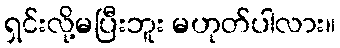
ရှင်းလို့မပြီးဘူး မဟုတ်ပါလား။